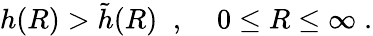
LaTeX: h(R)>\tilde{h}(R)\; \; ,\; \; \; \; 0\le R\le\infty\; .